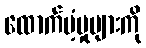
ထောက်ပံ့မှုများကို